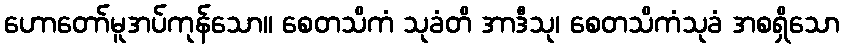
ဟောတော်မူအပ်ကုန်သော။ စေတသိကံ သုခံတိ အာဒီသု၊ စေတသိကံသုခံ အစရှိသော